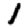
Digit: 1